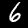
Digit: 6